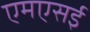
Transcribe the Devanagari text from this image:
एमएसई